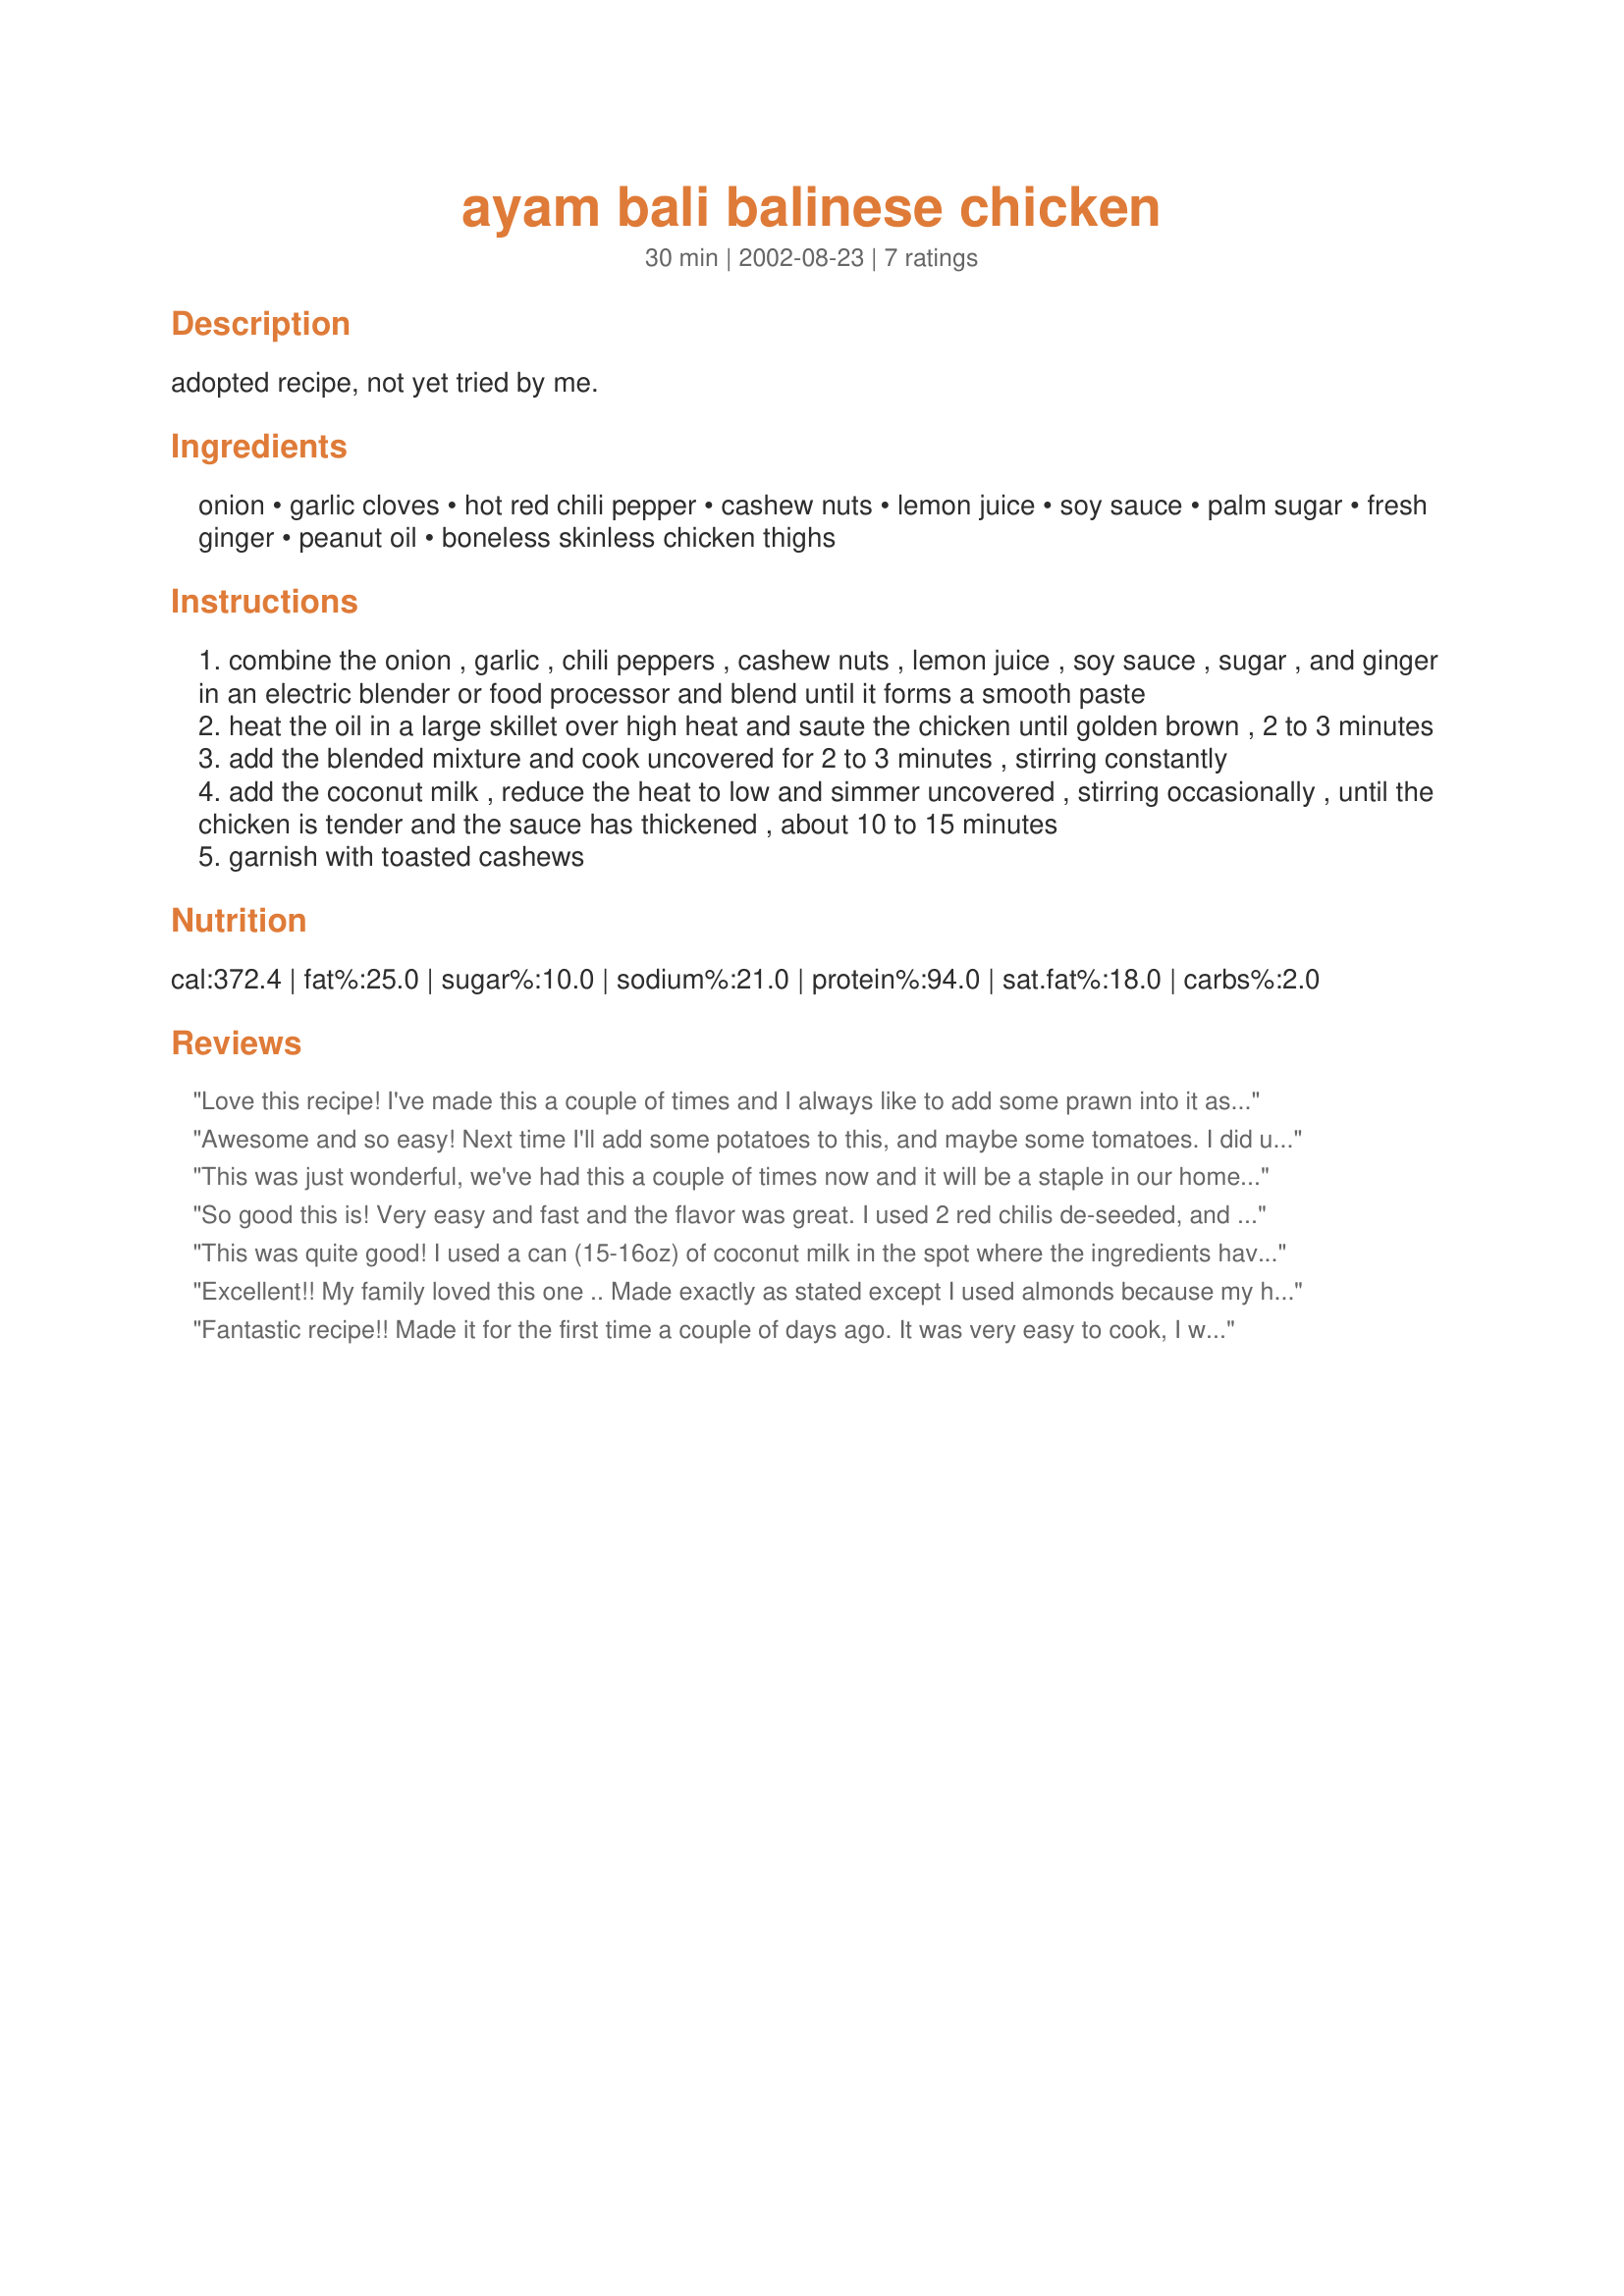
ayam bali balinese chicken
Preparation time: 30 minutes

adopted recipe, not yet tried by me.

Ingredients:
onion, garlic cloves, hot red chili pepper, cashew nuts, lemon juice, soy sauce, palm sugar, fresh ginger, peanut oil, boneless skinless chicken thighs

Steps:
combine the onion , garlic , chili peppers , cashew nuts , lemon juice , soy sauce , sugar , and ginger in an electric blender or food processor and blend until it forms a smooth paste
heat the oil in a large skillet over high heat and saute the chicken until golden brown , 2 to 3 minutes
add the blended mixture and cook uncovered for 2 to 3 minutes , stirring constantly
add the coconut milk , reduce the heat to low and simmer uncovered , stirring occasionally , until the chicken is tender and the sauce has thickened , about 10 to 15 minutes
garnish with toasted cashews

Reviews:
Love this recipe! I've made this a couple of times and I always like to add some prawn into it as well. Although a lot of people don't like that combination together, it tasted amazing! I bought my groceries from island organics Bali (www.baliorganic.id), they delivery fresh organic vegetables right from the farm! I really do think that the choice of place from where I buy groceries makes a big difference to the taste!
Awesome and so easy! Next time I'll add some potatoes to this, and maybe some tomatoes. I did up the garlic and ginger. I am looking forward to the leftovers!
This was just wonderful, we've had this a couple of times now and it will be a staple in our home! I took the previous advise and upped the garlic. Definately go for the full chili quota, this is not a hot dish at all, but the flavous is just amazing. Served with rice and roti bread, what an easy and quick weekday dinner! Thanks for a wonderful recipe!
So good this is! Very easy and fast and the flavor was great. I used 2 red chilis de-seeded, and it was not at all spicy. Not at all. But the flavor of the chilis was obvious, which was so nice. I might do 3 next time- but not seed one, because we do like a bit of spice. I used a light coconut milk, about 3/4 of a can (would be nice if the right quantity was in the instructions) and used chicken breast. Would be so good with thighs too. Both DH and I thought that maybe we'll add a veggie next time- maybe green beans? But, it's great as is. Try this!
This was quite good! I used a can (15-16oz) of coconut milk in the spot where the ingredients have chicken being "cut into coconut milk". The nuts in this were sooo good! I might like something a little more, however, so next time I mught add in some type of vegetable. Thanks for sharing! ~Sue
Excellent!! My family loved this one .. Made exactly as stated except I used almonds because my husband is allergic to all other nuts .. thank you for a great recipe!
Fantastic recipe!! Made it for the first time a couple of days ago. It was very easy to cook, I will definitely be cooking this again. I used 4 chili peppers and de-seeded 2 of them. It had a little kick to it, but not overpowering. I guessed on the amount of coconut milk (1- 10oz. can), and would maybe use a little less than that next time. Thanks for the great recipe.
